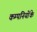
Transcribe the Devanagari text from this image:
कम्पनियोंके